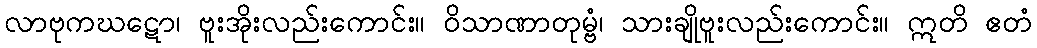
လာဗုကဃဋော၊ ဗူးအိုးလည်းကောင်း။ ဝိသာဏာတုမ္ဗံ၊ သားချိုဗူးလည်းကောင်း။ ဣတိ ဧတံ